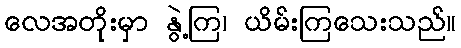
လေအတိုးမှာ နွဲ့ကြ၊ ယိမ်းကြသေးသည်။